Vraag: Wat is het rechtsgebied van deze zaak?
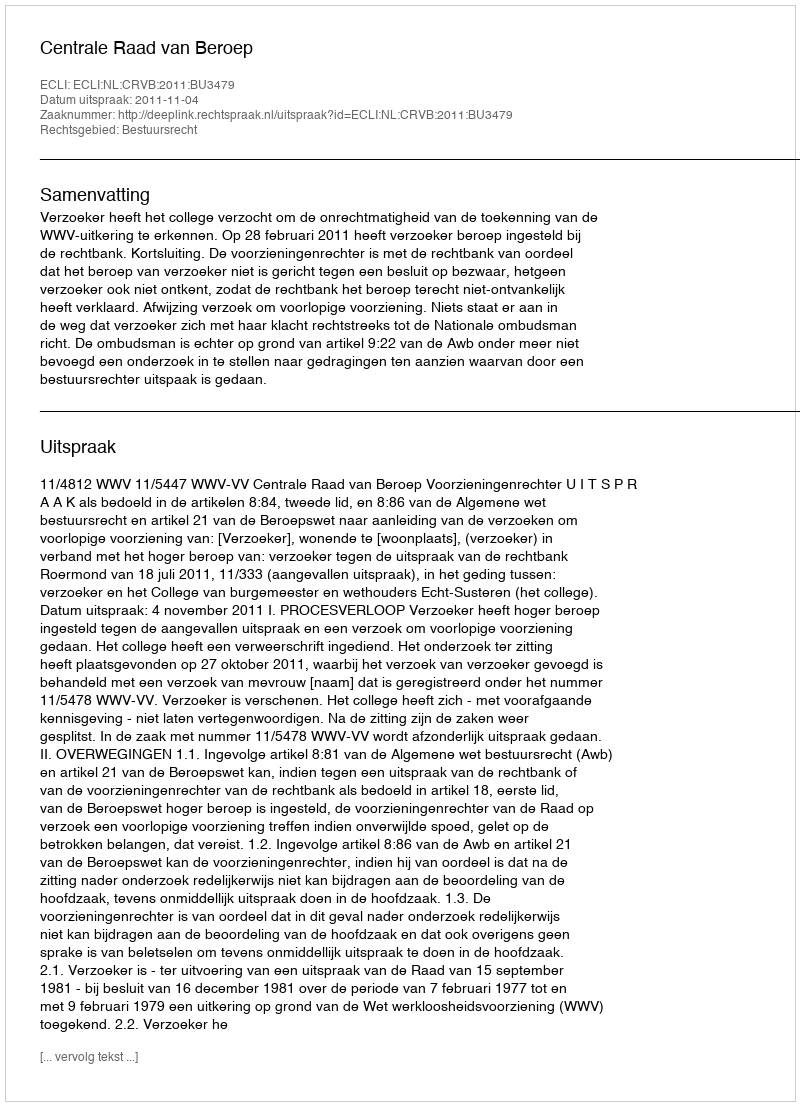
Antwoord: Bestuursrecht